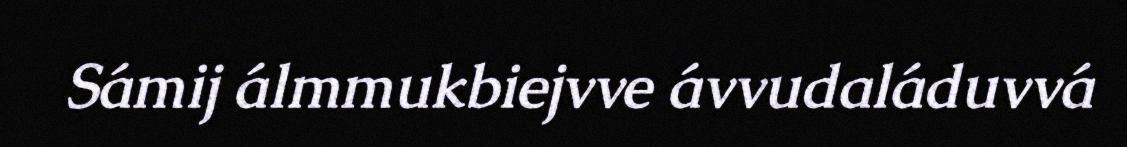
Sámij álmmukbiejvve ávvudaláduvvá